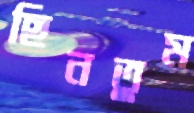
ছিনতুম